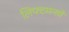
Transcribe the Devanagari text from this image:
लिफ्टमनचे